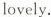
lovely.